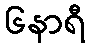
၆နာရီ